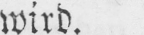
wird.